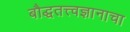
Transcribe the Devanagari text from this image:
बौद्धतत्त्वज्ञानाचा